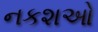
નકશઓ